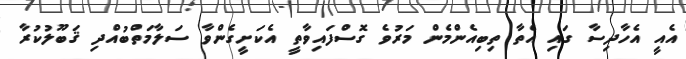
އެއީ އެހާދިސާ ގައި އެތާ ތިބިއެންމެން މަރުވެ ގޮސްފައިވާތީ އެކަށީގެންވާ ސަލާމަތްބުއްދި ޤަބޫލުކުރާ